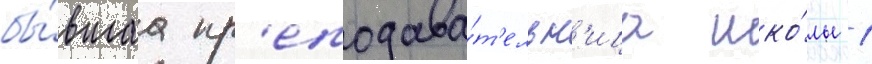
бы́вшаа пр'еподава́т'ельн'ица шко́лы 1